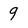
Character: 9